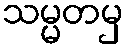
သမ္မတမှ